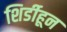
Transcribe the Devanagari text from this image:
शिर्डीहून